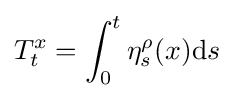
T_{t}^{x}=\int _{0}^{t}\eta _{s}^{\rho }(x)\mathrm {d} s